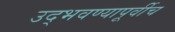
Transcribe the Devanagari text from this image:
उद्भवण्यापूर्वीच